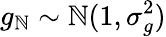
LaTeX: g_{\mathbb{N}}\sim\mathcal{{\mathbb{N}}}(1,\sigma_{g}^{2})